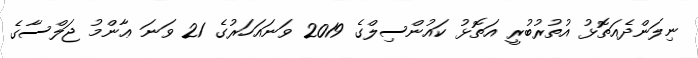
ނިލަންދެއަތޮޅު އުތުރުބުރީ އަތޮޅު ކައުންސިލްގެ 2019 ވަނައަހަރުގެ 21 ވަނަ ޢާންމު ޖަލްސާގެ